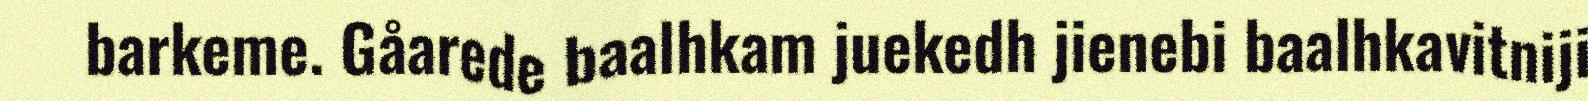
barkeme. Gåarede baalhkam juekedh jienebi baalhkavitniji